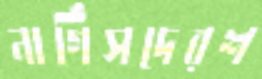
নার্গিসদেরশ